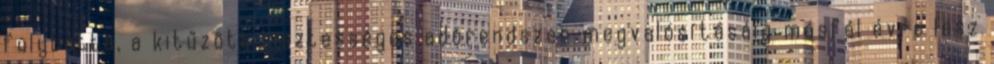
folytatta, a kitűzött tisztességes adórendszer megvalósításáig másfél évre lesz